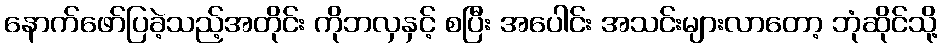
နောက်ဖော်ပြခဲ့သည့်အတိုင်း ကိုဘလှနှင့် စပြီး အပေါင်း အသင်းများလာတော့ ဘုံဆိုင်သို့